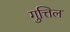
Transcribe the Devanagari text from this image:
गुत्तिल